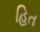
હિત